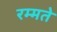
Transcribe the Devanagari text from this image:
रम्मते